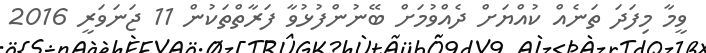
ވީމާ މިފަދަ ތަނެއް ކުއްޔަށް ދެއްވުމަށް ބޭނުންފުޅުވާ ފަރާތްތަކުން 11 ޖަނަވަރީ 2016